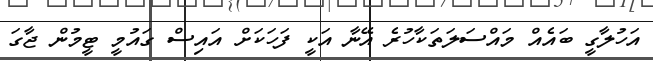
އަހުލާގީ ބައެއް މައްސަލަތަކާހުރެ އޭނާ އަކީ ފަހަކަށް އައިސް ގައުމީ ޓީމުން ޖާގަ